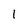
Character: l